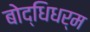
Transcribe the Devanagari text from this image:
बोद्धिधर्म